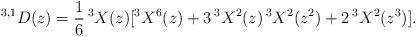
LaTeX: \begin{align*}^{3,1}D(z) = \frac16\, ^3X(z)[^3X^6(z)+3\,{} ^3X^2(z)\, ^3X^2(z^2)+2\,{} ^3X^2(z^3)].\end{align*}